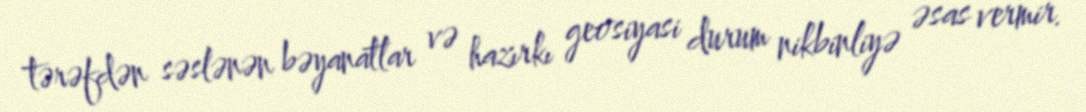
tərəfdən səslənən bəyanatlar və hazırkı geosiyasi durum nikbinliyə əsas vermir.